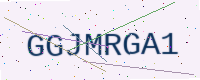
Text: GGJMRGA1